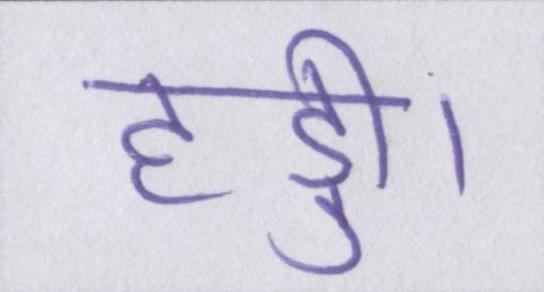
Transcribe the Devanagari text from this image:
हड्डी